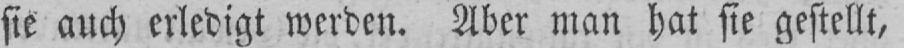
sie auch erledigt werden. Aber man hat sie gestellt,